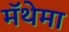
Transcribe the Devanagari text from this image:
मॅथेमा